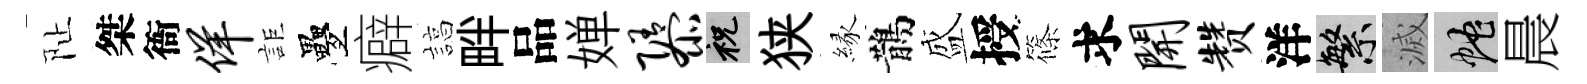
阯桀衙佯詎疊癖諄畔品婵隳祝狭縁鵲盛授篠求开赞洋繁滅蛇晨